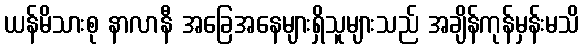
ယန်မိသားစု နာလာနီ အခြေအနေများရှိသူများသည် အချိန်ကုန်မှန်းမသိ